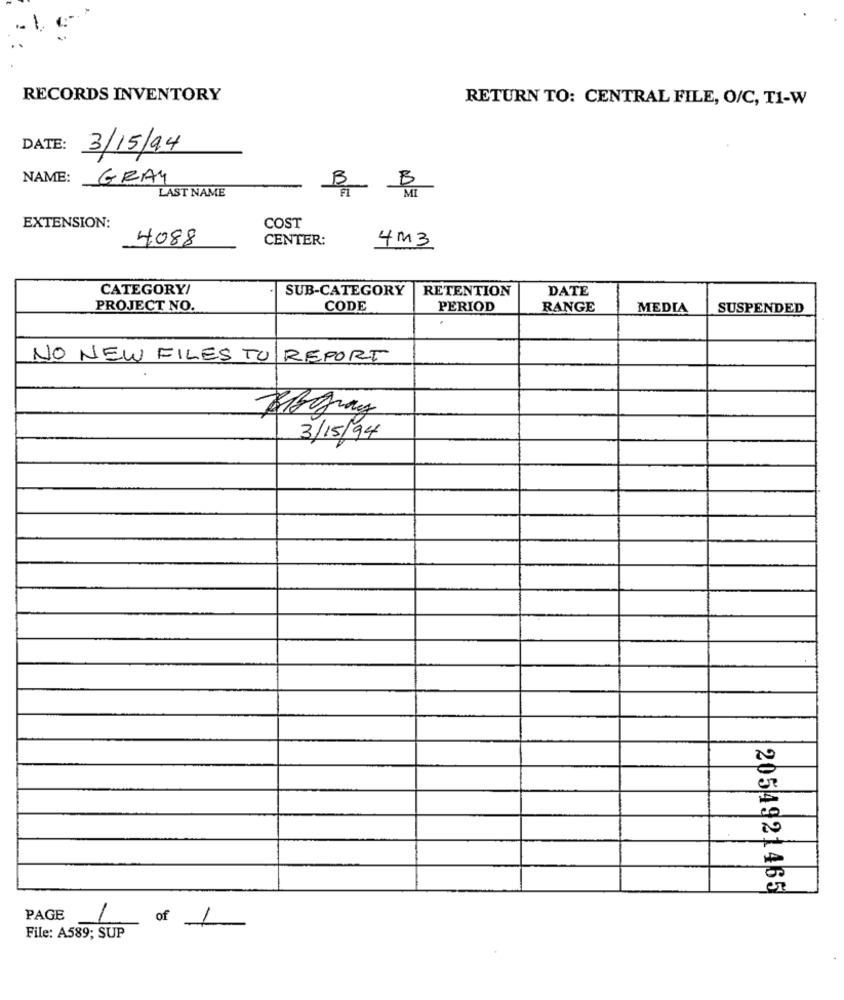
RECORDS INVENTORY
RETURN TO: CENTRAL FILE, O/C, T1-W
DATE:
3/15/94
NAME:
GRAY
B
MI
LAST NAME
EXTENSION:
COST
4088
CENTER:
4M3
CATEGORY/
SUB-CATEGORY
RETENTION
DATE
PROJECT NO.
CODE
PERIOD
RANGE
MEDIA
SUSPENDED
NO NEW FILES TO REPORT
Agray
3/15/94
205 4921465
PAGE
of
1
File: A589; SUP